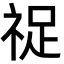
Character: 𬒺